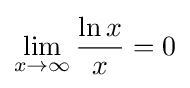
\lim _{x\to \infty }{\frac {\ln x}{x}}=0